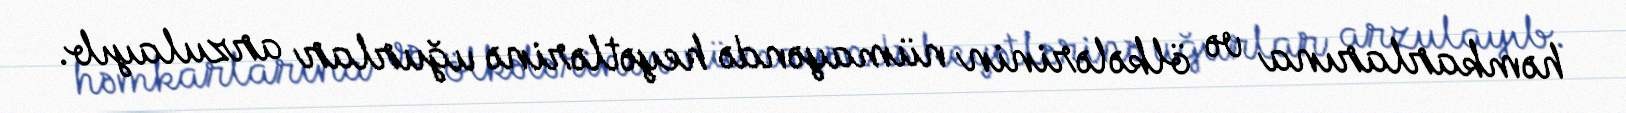
həmkarlarına və ölkələrinin nümayəndə heyətlərinə uğurlar arzulayıb.